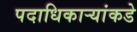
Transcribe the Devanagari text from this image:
पदाधिकार्‍यांकडे